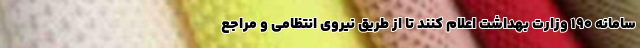
سامانه ۱۹۰ وزارت بهداشت اعلام کنند تا از طریق نیروی انتظامی و مراجع